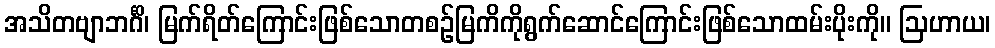
အသိတဗျာဘင်္ဂိ၊ မြက်ရိတ်ကြောင်းဖြစ်သောတစဉ်မြကိကိုရွက်ဆောင်ကြောင်းဖြစ်သောထမ်းပိုးကို။ ဩဟာယ၊